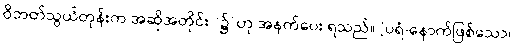
ဝိဘတ်သွယ်တုန်းက အဆိုအတိုင်း “၌”ဟု အနက်ပေး ရသည်။ [ပရံ-နောက်ဖြစ်သော၊